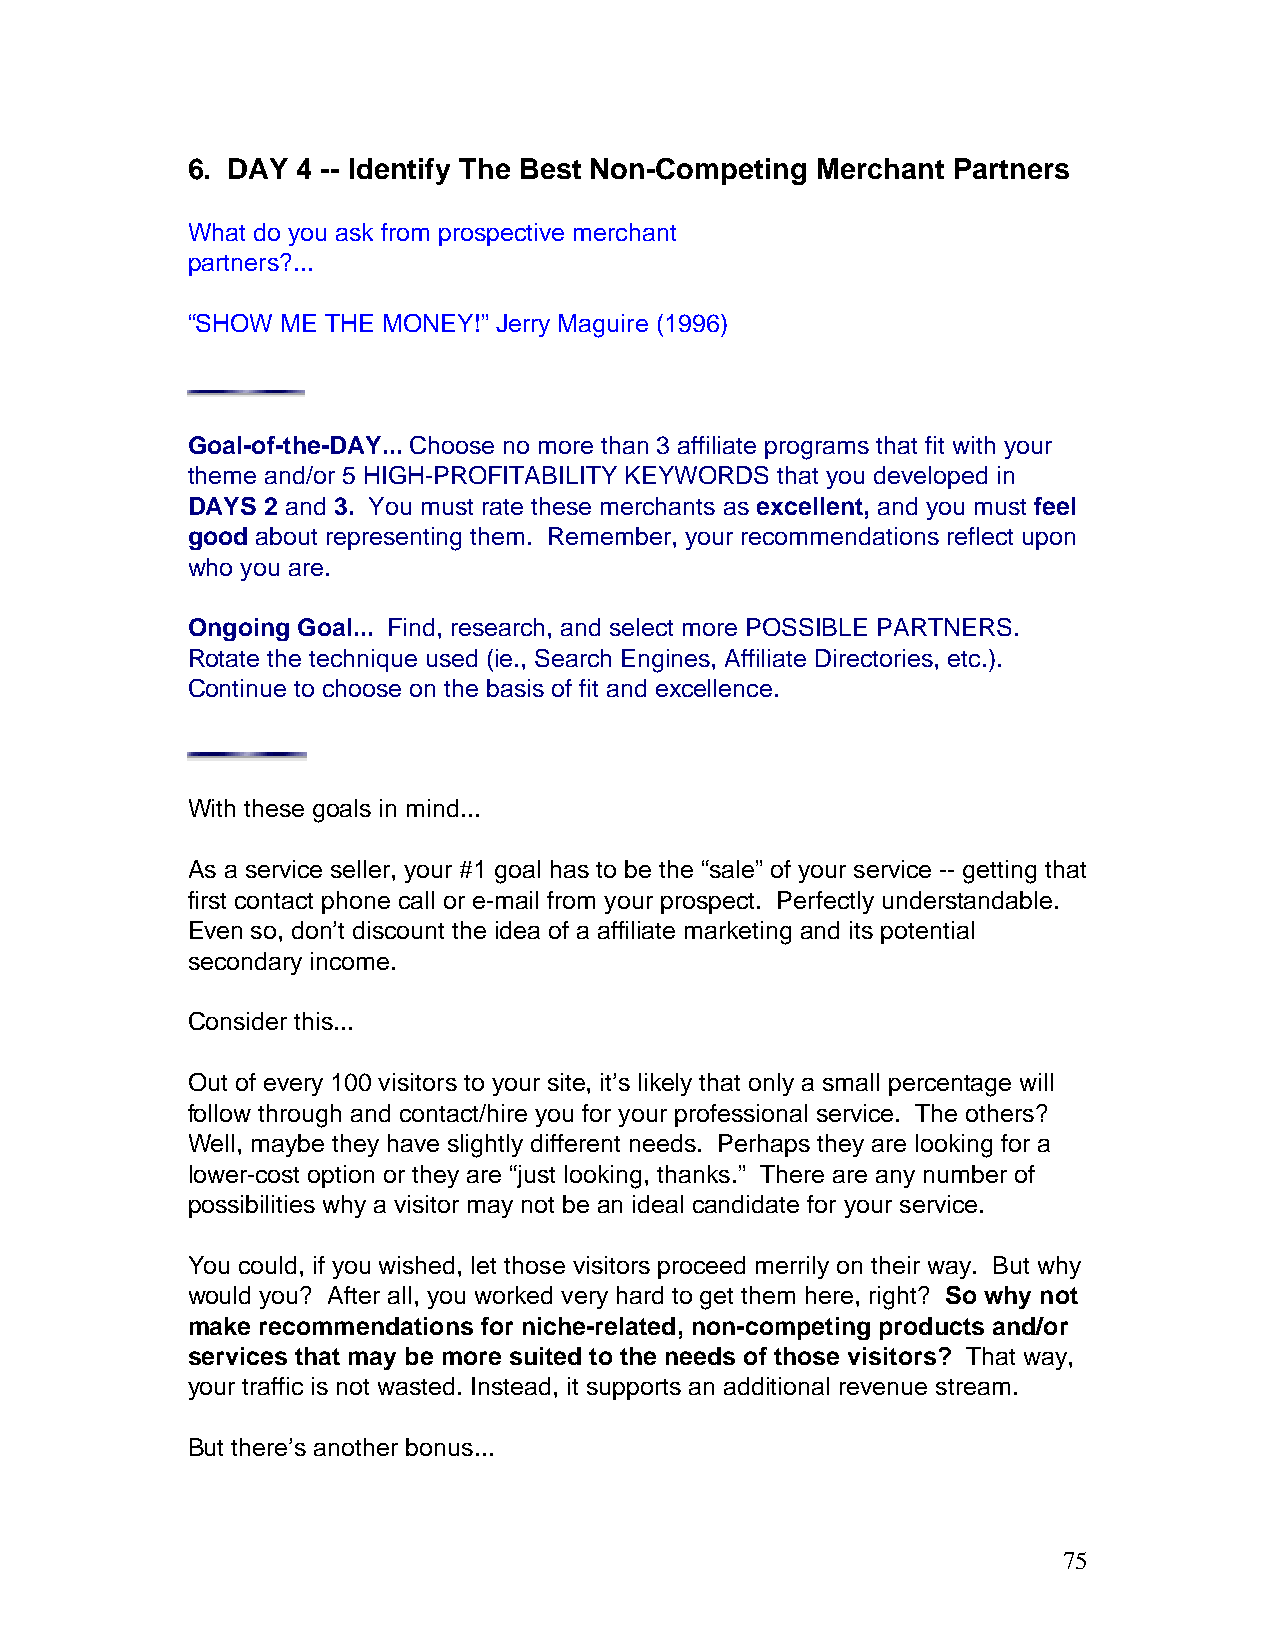
6. DAY  4 -- Identify The Best Non-Competing Merchant Partners
 What do you ask from prospective merchant
 partners?...
 “SHOW  ME THE MONEY!” Jerry Maguire (1996)
 Goal-of-the-DAY... Choose no more than 3 affiliate programs that fit with your
 theme and/or 5 HIGH-PROFITABILITY KEYWORDS that you developed in
 DAYS 2 and 3. You must rate these merchants as excellent, and you must feel
 good about representing them. Remember, your recommendations reflect upon
 who you are.
 Ongoing Goal... Find, research, and select more POSSIBLE PARTNERS.
 Rotate the technique used (ie., Search Engines, Affiliate Directories, etc.).
 Continue to choose on the basis of fit and excellence.
 With these goals in mind...
 As a service seller, your #1 goal has to be the “sale” of your service -- getting that
 first contact phone call or e-mail from your prospect. Perfectly understandable.
 Even so, don’t discount the idea of a affiliate marketing and its potential
 secondary income.
 Consider this...
 Out of every 100 visitors to your site, it’s likely that only a small percentage will
 follow through and contact/hire you for your professional service. The others?
 Well, maybe they have slightly different needs. Perhaps they are looking for a
 lower-cost option or they are “just looking, thanks.” There are any number of
 possibilities why a visitor may not be an ideal candidate for your service.
 You could, if you wished, let those visitors proceed merrily on their way. But why
 would you? After all, you worked very hard to get them here, right? So why not
 make recommendations for niche-related, non-competing products and/or
 services that may be more suited to the needs of those visitors? That way,
 your traffic is not wasted. Instead, it supports an additional revenue stream.
 But there’s another bonus...
 75